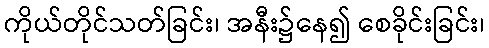
ကိုယ်တိုင်သတ်ခြင်း၊ အနီး၌နေ၍ စေခိုင်းခြင်း၊